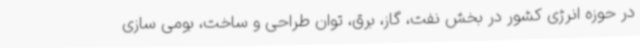
در حوزه انرژی کشور در بخش نفت، گاز، برق، توان طراحی و ساخت، بومی سازی